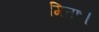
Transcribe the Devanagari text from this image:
मिताः।